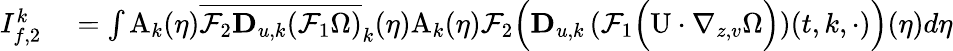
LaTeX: \begin{array}{rl}{I_{f,2}^{k}}&{{}=\int\mathrm{A}_{k}(\eta)\overline{{\mathcal{F}_{2}\mathbf{D}_{u,k}(\mathcal{F}_{1}\Omega)}}_{k}(\eta)\mathrm{A}_{k}(\eta)\mathcal{F}_{2}\Big(\mathbf{D}_{u,k}\left(\mathcal{F}_{1}\Big(\mathrm{U}\cdot\nabla_{z,v}\Omega\Big)\right)(t,k,\cdot)\Big)(\eta)d\eta}\end{array}